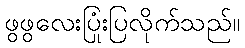
ဖွဖွလေးပြုံးပြလိုက်သည်။